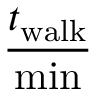
\frac { t _ { \mathrm { w a l k } } } { \operatorname* { m i n } }